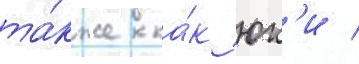
та́кже ка́к юк'и /